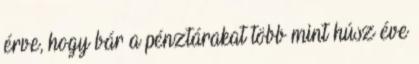
érve, hogy bár a pénztárakat több mint húsz éve